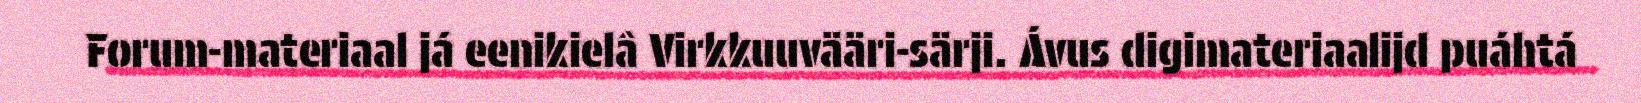
Forum-materiaal já eenikielâ Virkkuuvääri-särji. Ávus digimateriaalijd puáhtá